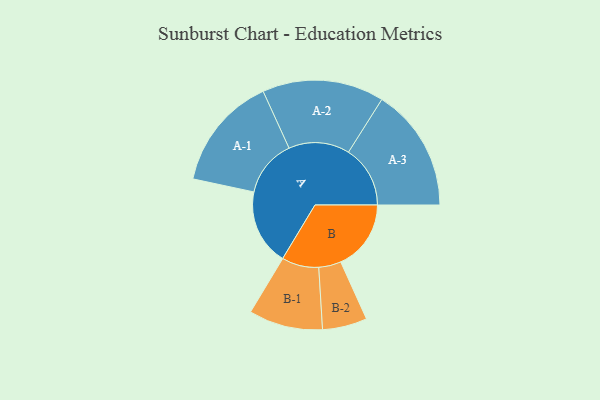
{"axis": {"x": "Segment", "y": "Value"}, "legend": ["", "A", "B"], "data": [{"x": "A", "y": 347, "type": ""}, {"x": "B", "y": 321, "type": ""}, {"x": "A-1", "y": 261, "type": "A"}, {"x": "A-2", "y": 278, "type": "A"}, {"x": "A-3", "y": 282, "type": "A"}, {"x": "B-1", "y": 169, "type": "B"}, {"x": "B-2", "y": 102, "type": "B"}]}